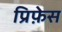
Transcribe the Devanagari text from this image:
प्रिफ़ेस